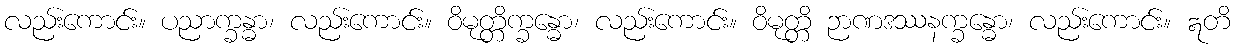
လည်းကောင်း။ ပညာက္ခန္ဓာ၊ လည်းကောင်း။ ဝိမုတ္တိက္ခန္ဓော၊ လည်းကောင်း။ ဝိမုတ္တိ ဉာဏဒဿနက္ခန္ဓော၊ လည်းကောင်း။ ဣတိ